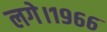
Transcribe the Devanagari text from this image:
लगे।१९६६